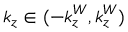
k _ { z } \in ( - k _ { z } ^ { W } , k _ { z } ^ { W } )